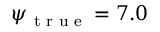
\psi _ { \textrm { t r u e } } = 7 . 0